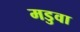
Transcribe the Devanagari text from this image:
मडुवा